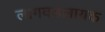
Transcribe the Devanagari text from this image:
लागवडलायक